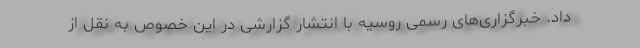
داد. خبرگزاری‌های رسمی روسیه با انتشار گزارشی در این خصوص به نقل از